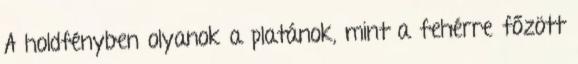
A holdfényben olyanok a platánok, mint a fehérre főzött